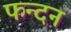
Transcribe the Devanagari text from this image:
फन्दन